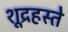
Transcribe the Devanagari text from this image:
शूद्रहस्ते